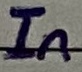
Text: In